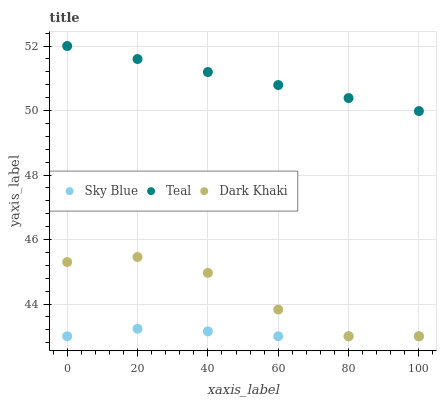
| xaxis_label | Sky Blue | Teal | Dark Khaki |
 | --- | --- | --- | --- |
 | 0 | 43 | 52 | 45.3 |
 | 20 | 43.2 | 51.6 | 45.5 |
 | 40 | 43.2 | 51.2 | 45 |
 | 60 | 43 | 50.8 | 43.8 |
 | 80 | 43 | 50.4 | 43 |
 | 100 | 43 | 50 | 43 |